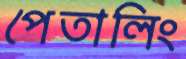
পেতালিং